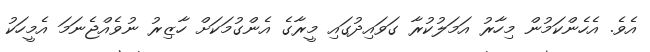
އެވެ. އެހެންކަމުން މިހާރު އަމަލުކުރާ ގަވައިދުގައި މީރާގެ އެންގުމަކަށް ހާޒިރު ނުވެއްޖެނަމަ އެމީހަކު